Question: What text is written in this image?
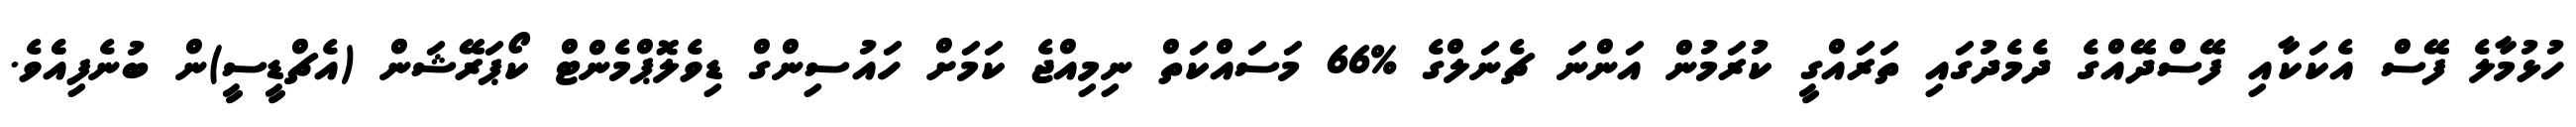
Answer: ހުޅުމާލެ ފޭސް އެކަކާއި ފޭސްދޭއްގެ ދެމެދުގައި ތަރައްގީ ކުރަމުން އަންނަ ޗެނަލްގެ %66 މަސައްކަތް ނިމިއްޖެ ކަމަށް ހައުސިންގް ޑިވެލޮޕްމެންޓް ކޯޕަރޭޝަން (އެޗްޑީސީ)ން ބުނެފިއެެވެ.